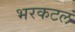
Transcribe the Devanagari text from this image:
भरकटलं